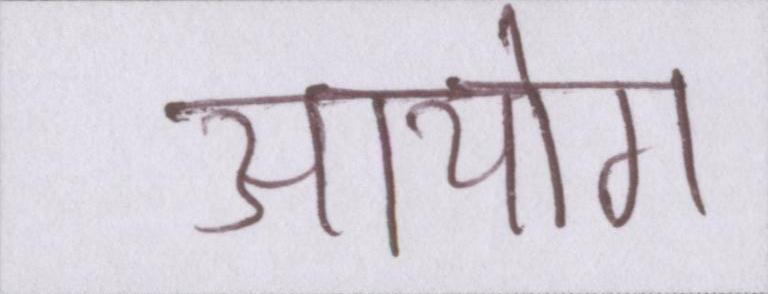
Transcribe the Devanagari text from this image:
आयोग